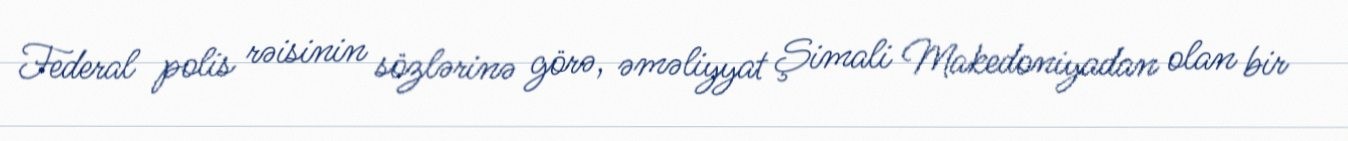
Federal polis rəisinin sözlərinə görə, əməliyyat Şimali Makedoniyadan olan bir